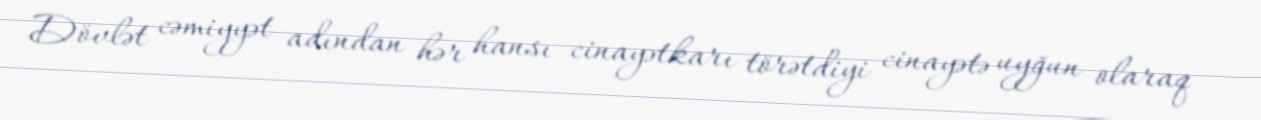
Dövlət cəmiyyət adından hər hansı cinayətkarı törətdiyi cinayətə uyğun olaraq